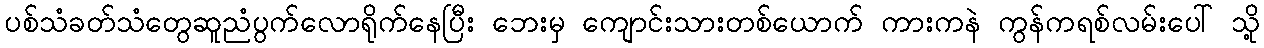
ပစ်သံခတ်သံတွေဆူညံပွက်လောရိုက်နေပြီး ဘေးမှ ကျောင်းသားတစ်ယောက် ကားကနဲ ကွန်ကရစ်လမ်းပေါ် သို့